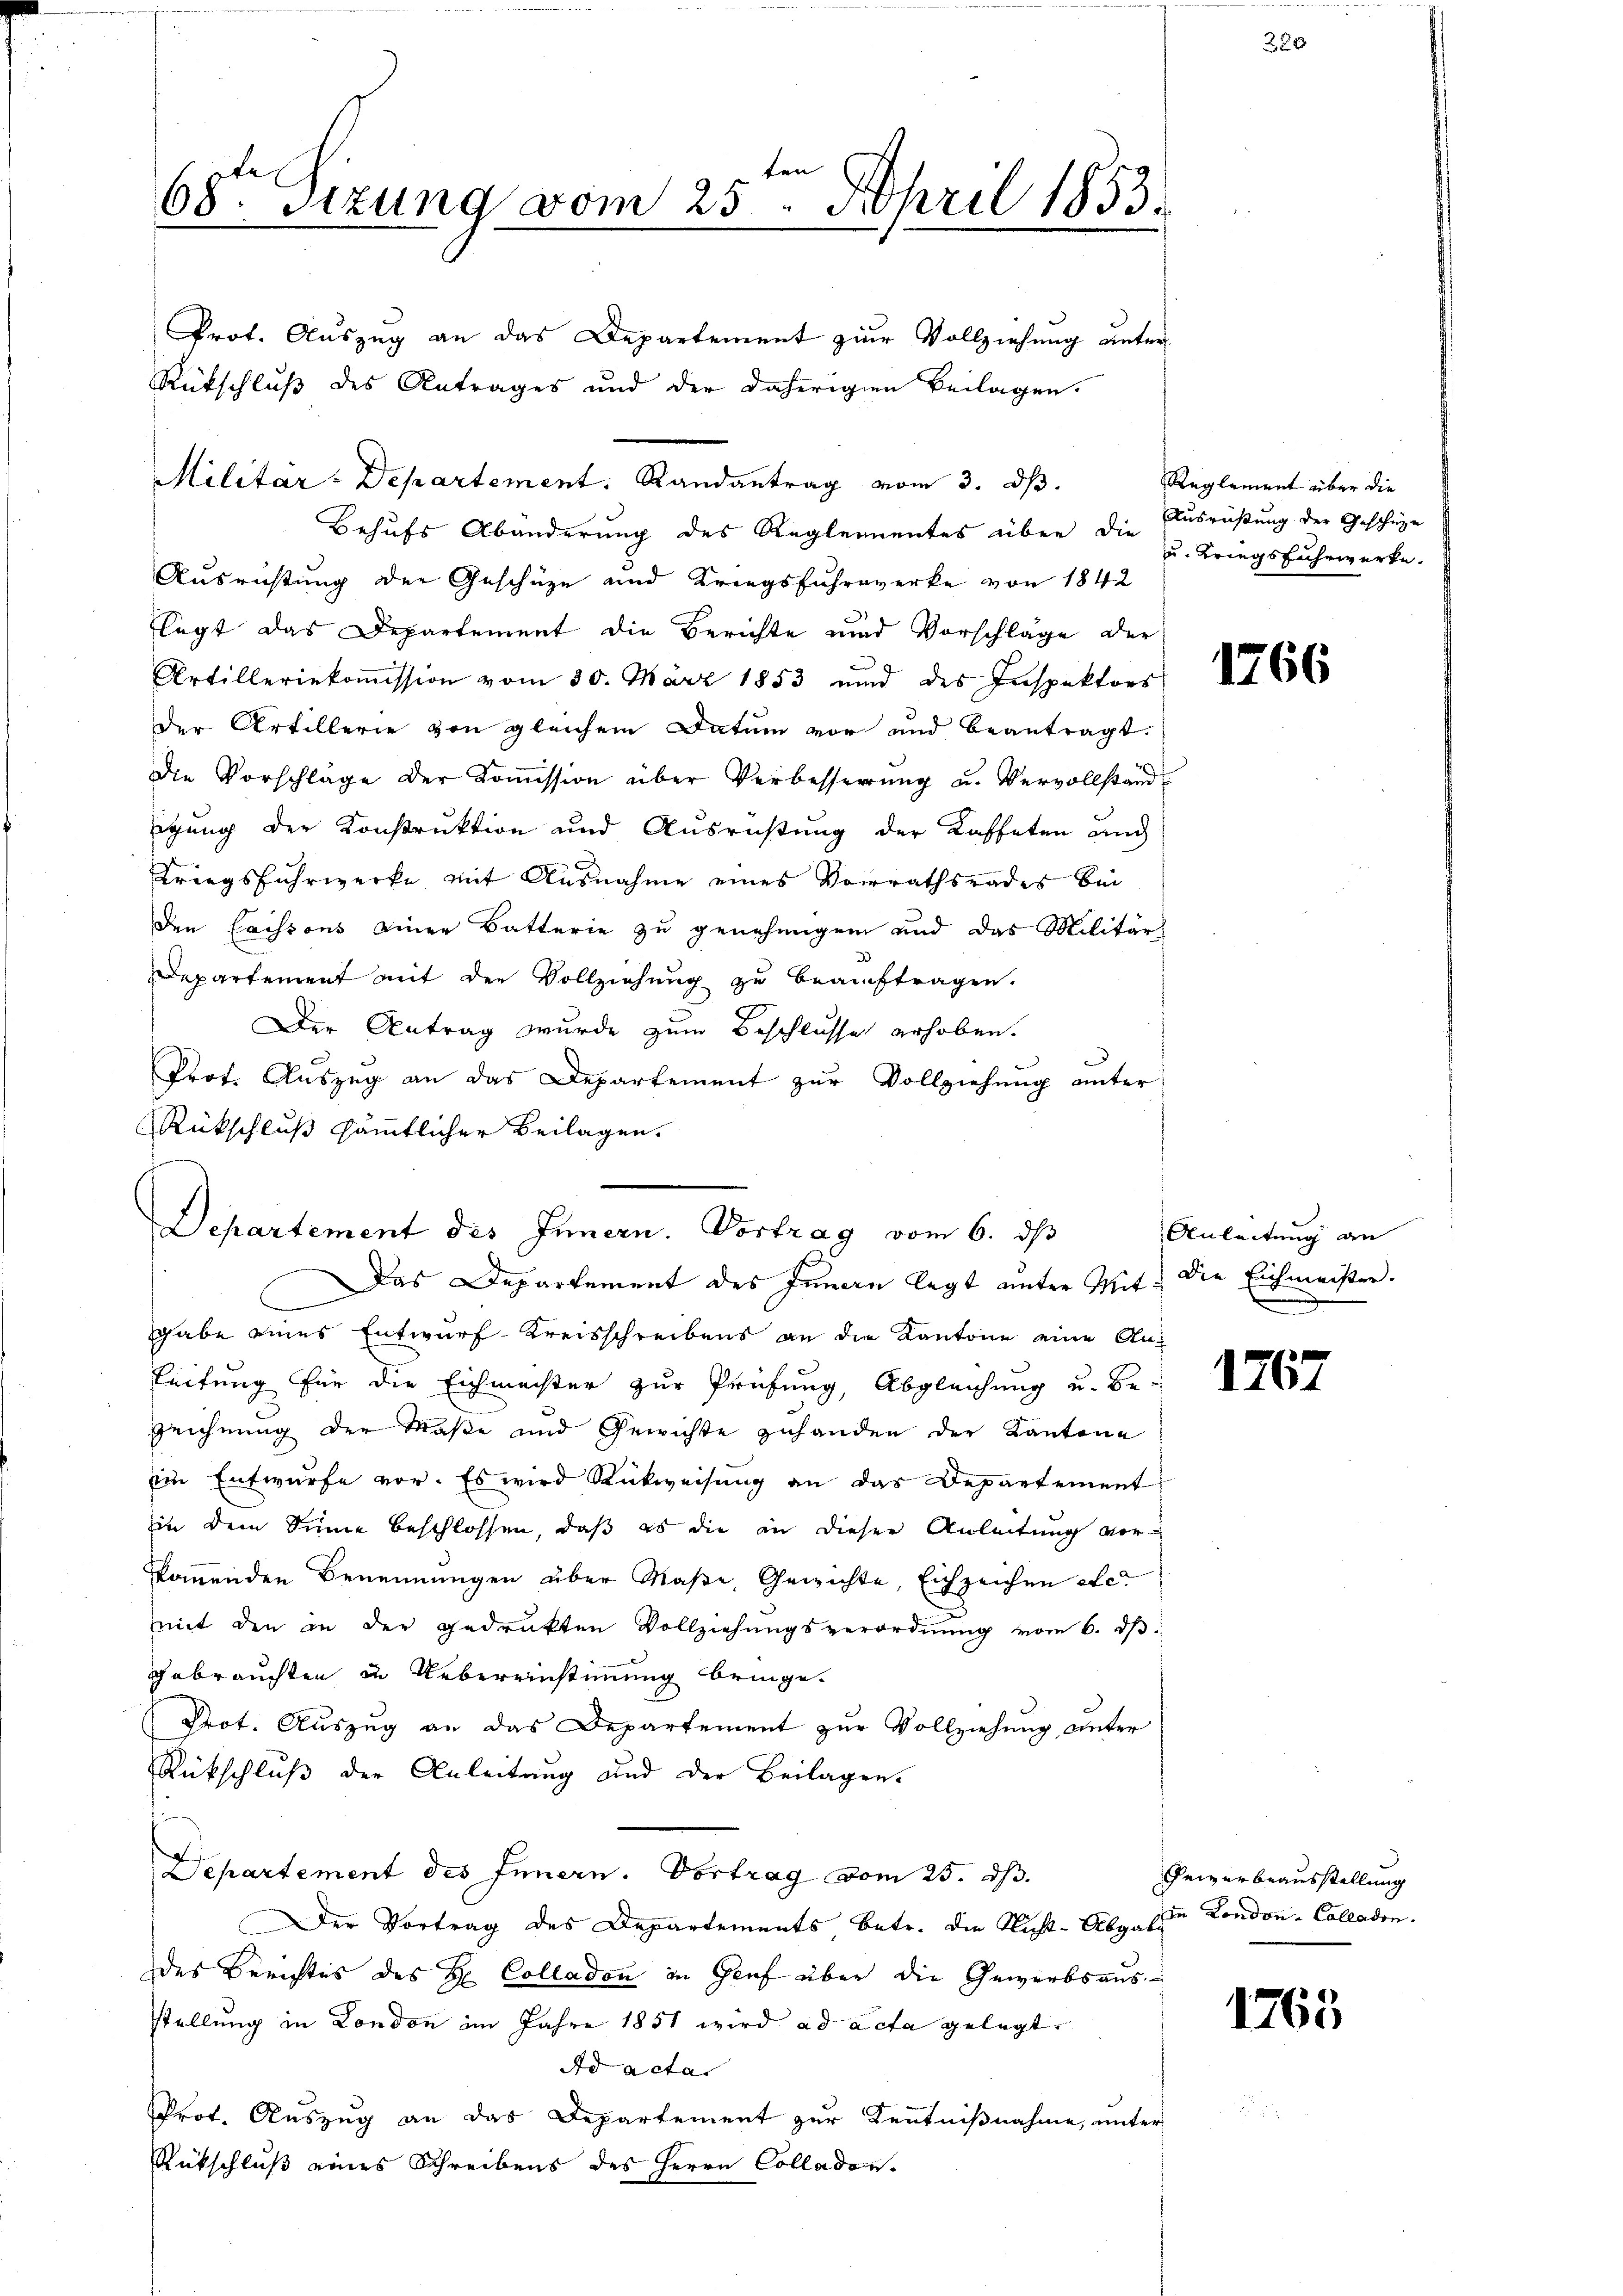
68. Sitzung vom 25. April 1853.

Prot. Auszug an das Departement zur Vollziehung unter
Rückschluß des Antrages und der daherigen Beilagen.
Militar-Departement. Randantrag vom 3. ds.
Behufs Abänderung des Reglementes über die Ausrüstung der Geschüze
Ausrichtung der Geschüze und Kriegsfuhrwerke von 1842
legt das Departement die Berichte und Vorschläge der
Artilleriekoṁission vom 30. März 1853 und des Inspektors
der Artillerie von gleichem Datum vor und beantragt.
Die Vorschläge der Koṁission über Verbesserŭng u. Vervollstand
ägung der Konstruktion und Ausrüstung der Kaffeten und
Kriegsfuhrwerke mit Ausnahme eines Vorrathsrades bei
den Caissons einer Batterie zu genehmigen und das Militär
Departement mit der Vollziehung zu beauftragen.
Der Antrag wurde zum Beschlusse erhoben.
Prot. Auszug an das Departement zur Vollziehung unter
Rückschluß sämtlicher Beilagen.
Das Departement des Innern legt unter Mit die Eichmeister.
gabe eines Entwurf-Kreisschreibens an die Kantone eine An¬
Leitung für die Eichmachter zur Prüfung, Abgleichung u. be¬
Zeichnung der Maße und Gewichte zuhanden der Kantone
Ein Entwurfe vor. Es wird Rückweisung an das Departement
in dem Sinne beschlossen, daß es die an dieser Anleitung vorkkommenden Benennungen über Maße, Gewichte, Eichzeichen etc.
mit den in der gedrukten Vollziehŭngsverordnŭng vom 6. dβ.
gebrauchten in Uebereinstimmung bringe.
Prot. Auszug an das Departement zur Vollziehung unter
Rückschluß der Anleitung und der Beilagen.
Departement des Innern. Vortrag vom 25. dh.
Der Vortrag des Departements betr. die Nicht-Abgese Kondon-Colladen.
des Berichtes des Hr. Colladon in Genf über die Gewerbsausstellung in London im Jahre 1851 wird ad acta gelegt
Ad acta
Prot. Auszug an das Departement zur Kenntnißnahme, unter
Rütschluß eines Schreibens des Herrn Colladon

Departement des Innern. Vortrag vom 6. ds

Reglement über die
u. Kriegsfuhrwerke.

1766

Anleitung an

1767

Gewerbeausstellung

1765